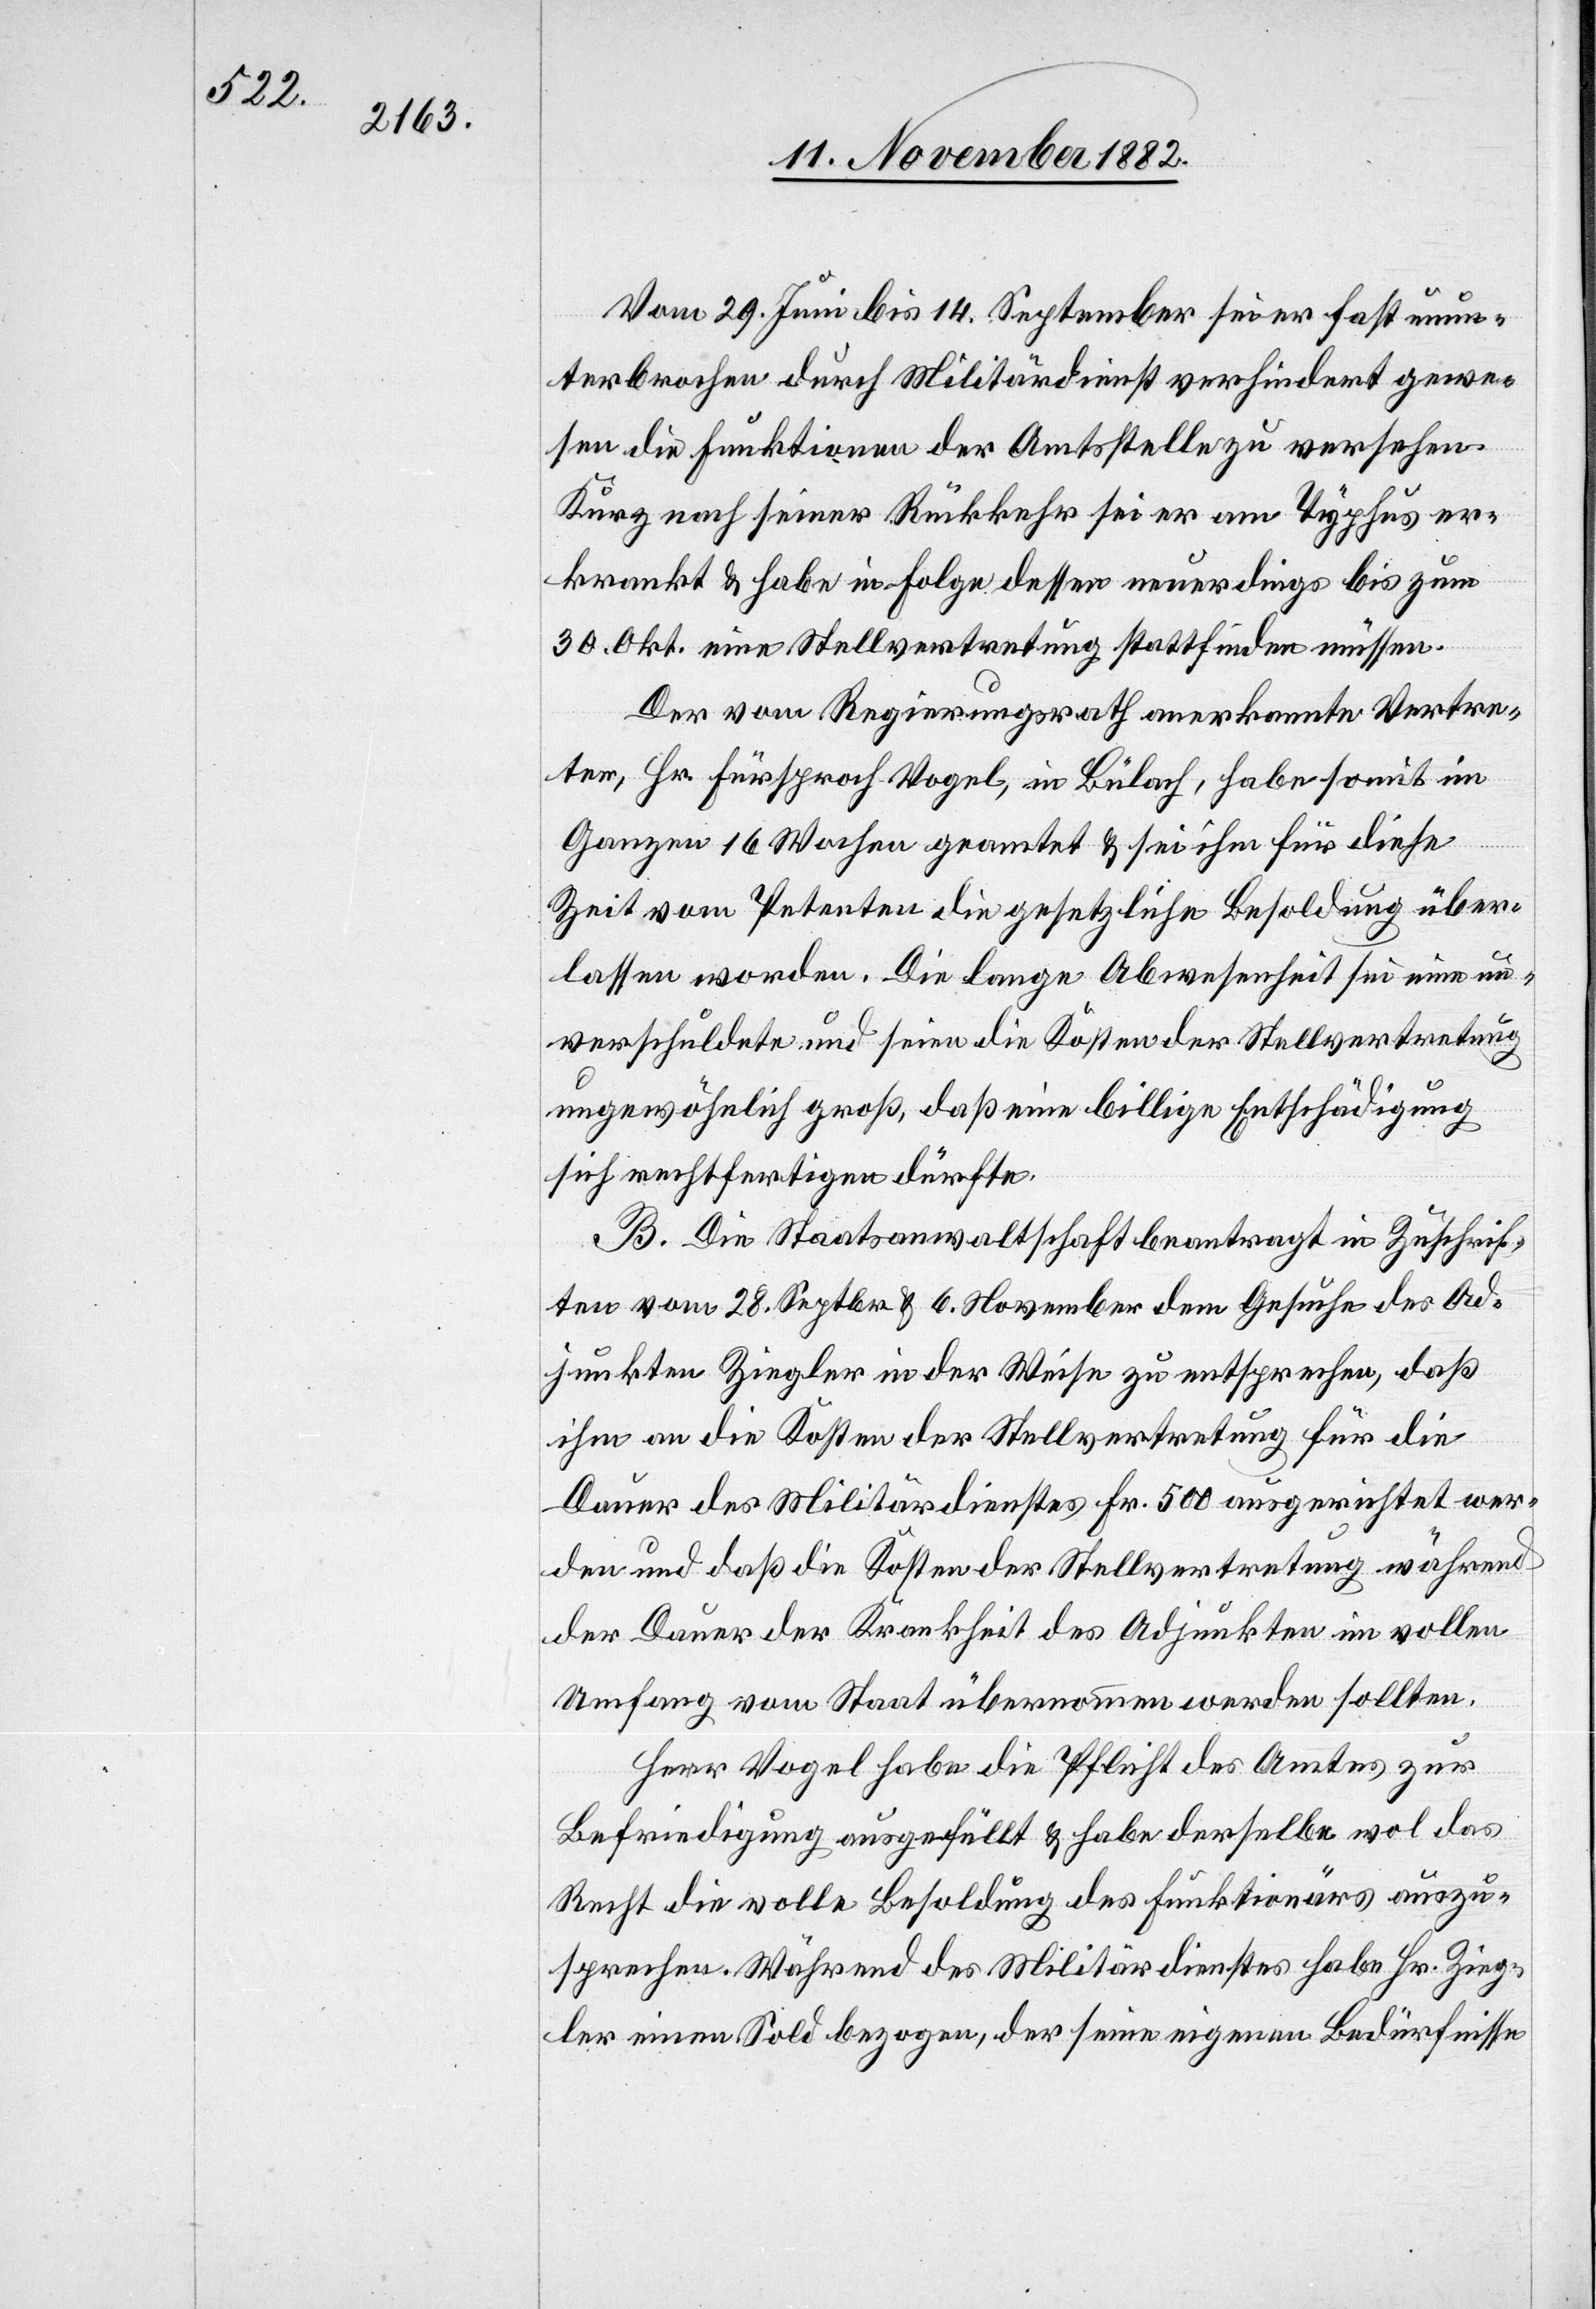
Vom 29. Juni bis 14. September sei er fast unun¬
terbrochen durch Militärdienst verhindert gewe¬
sen die Funktionen der Amtsstelle zu versehen.
Kurz nach seiner Rückkehr sei er am Typhus er¬
krankt & habe in Folge dessen neuerdings bis zum
30. Okt. eine Stellvertretung stattfinden müssen.
Der vom Regierungsrath anerkannte Vertre¬
ter, Hr. Fürsprech Vogel, in Bülach, habe somit im
Ganzen 16 Wochen geamtet & sei ihm für diese
Zeit vom Petenten die gesetzliche Besoldung über¬
lassen worden. Die lange Abwesenheit sei eine un¬
verschuldete und seien die Kosten der Stellvertretung
ungewöhnlich groß, daß eine billige Entschädigung
sich rechtfertigen dürfte.
B. Die Staatsanwaltschaft beantragt in Zuschrif¬
ten vom 28. Septbr. & 6. November dem Gesuche des Ad¬
junkten Ziegler in der Weise zu entsprechen, daß
ihm an die Kosten der Stellvertretung für die
Dauer des Militärdienstes Fr. 500 ausgerichtet wer¬
den und daß die Kosten der Stellvertretung während
der Dauer der Krankheit des Adjunkten im vollen
Umfang vom Staat übernommen werden sollten.
Herr Vogel habe die Pflicht des Amtes zur
Befriedigung ausgefüllt & habe derselbe wol das
Recht die volle Besoldung des Funktionärs auszu¬
sprechen. Während des Militärdienstes habe Hr. Zieg¬
ler einen Sold bezogen, der seine eigenen Bedürfnisse